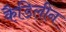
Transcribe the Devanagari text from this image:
कैडिलीन